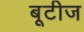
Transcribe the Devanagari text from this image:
बूटीज